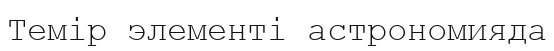
Темір элементі астрономияда